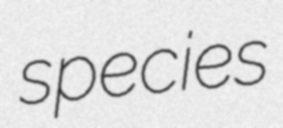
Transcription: species